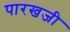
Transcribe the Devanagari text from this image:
पारखजी